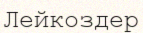
Лейкоздер